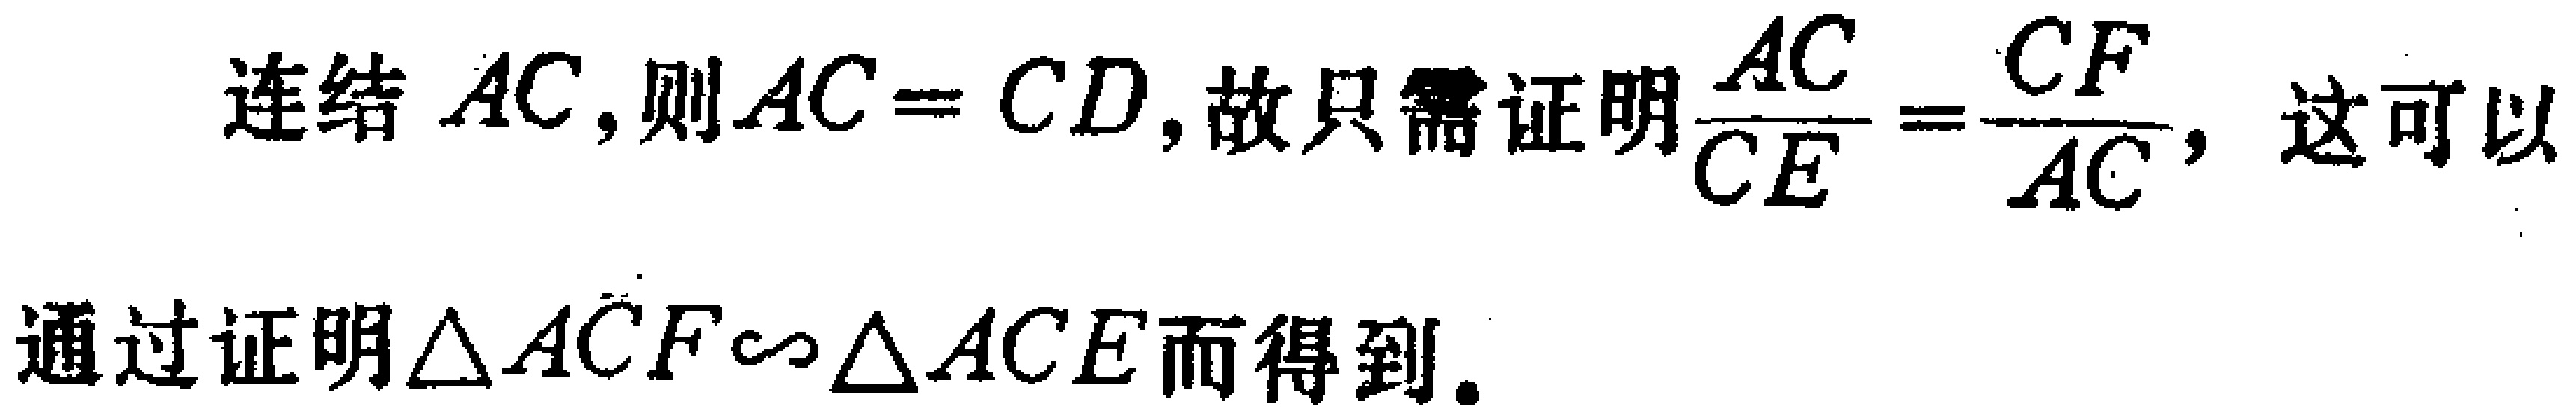
连结 \(AC\)，则 \(AC = CD\)，故只需证明\(\frac{AC}{CE}=\frac{CF}{AC}\)，这可以
通过证明\(\triangle ACF\sim\triangle ACE\)而得到。